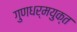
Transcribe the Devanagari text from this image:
गुणधर्मयुक्त